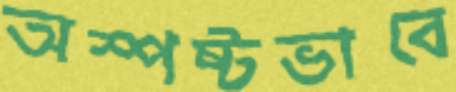
অস্পষ্টভাবে